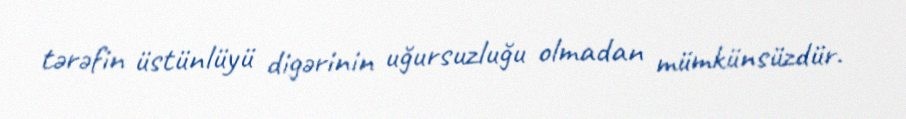
tərəfin üstünlüyü digərinin uğursuzluğu olmadan mümkünsüzdür.